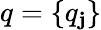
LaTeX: q=\{ q_{\mathbf{j}}\}